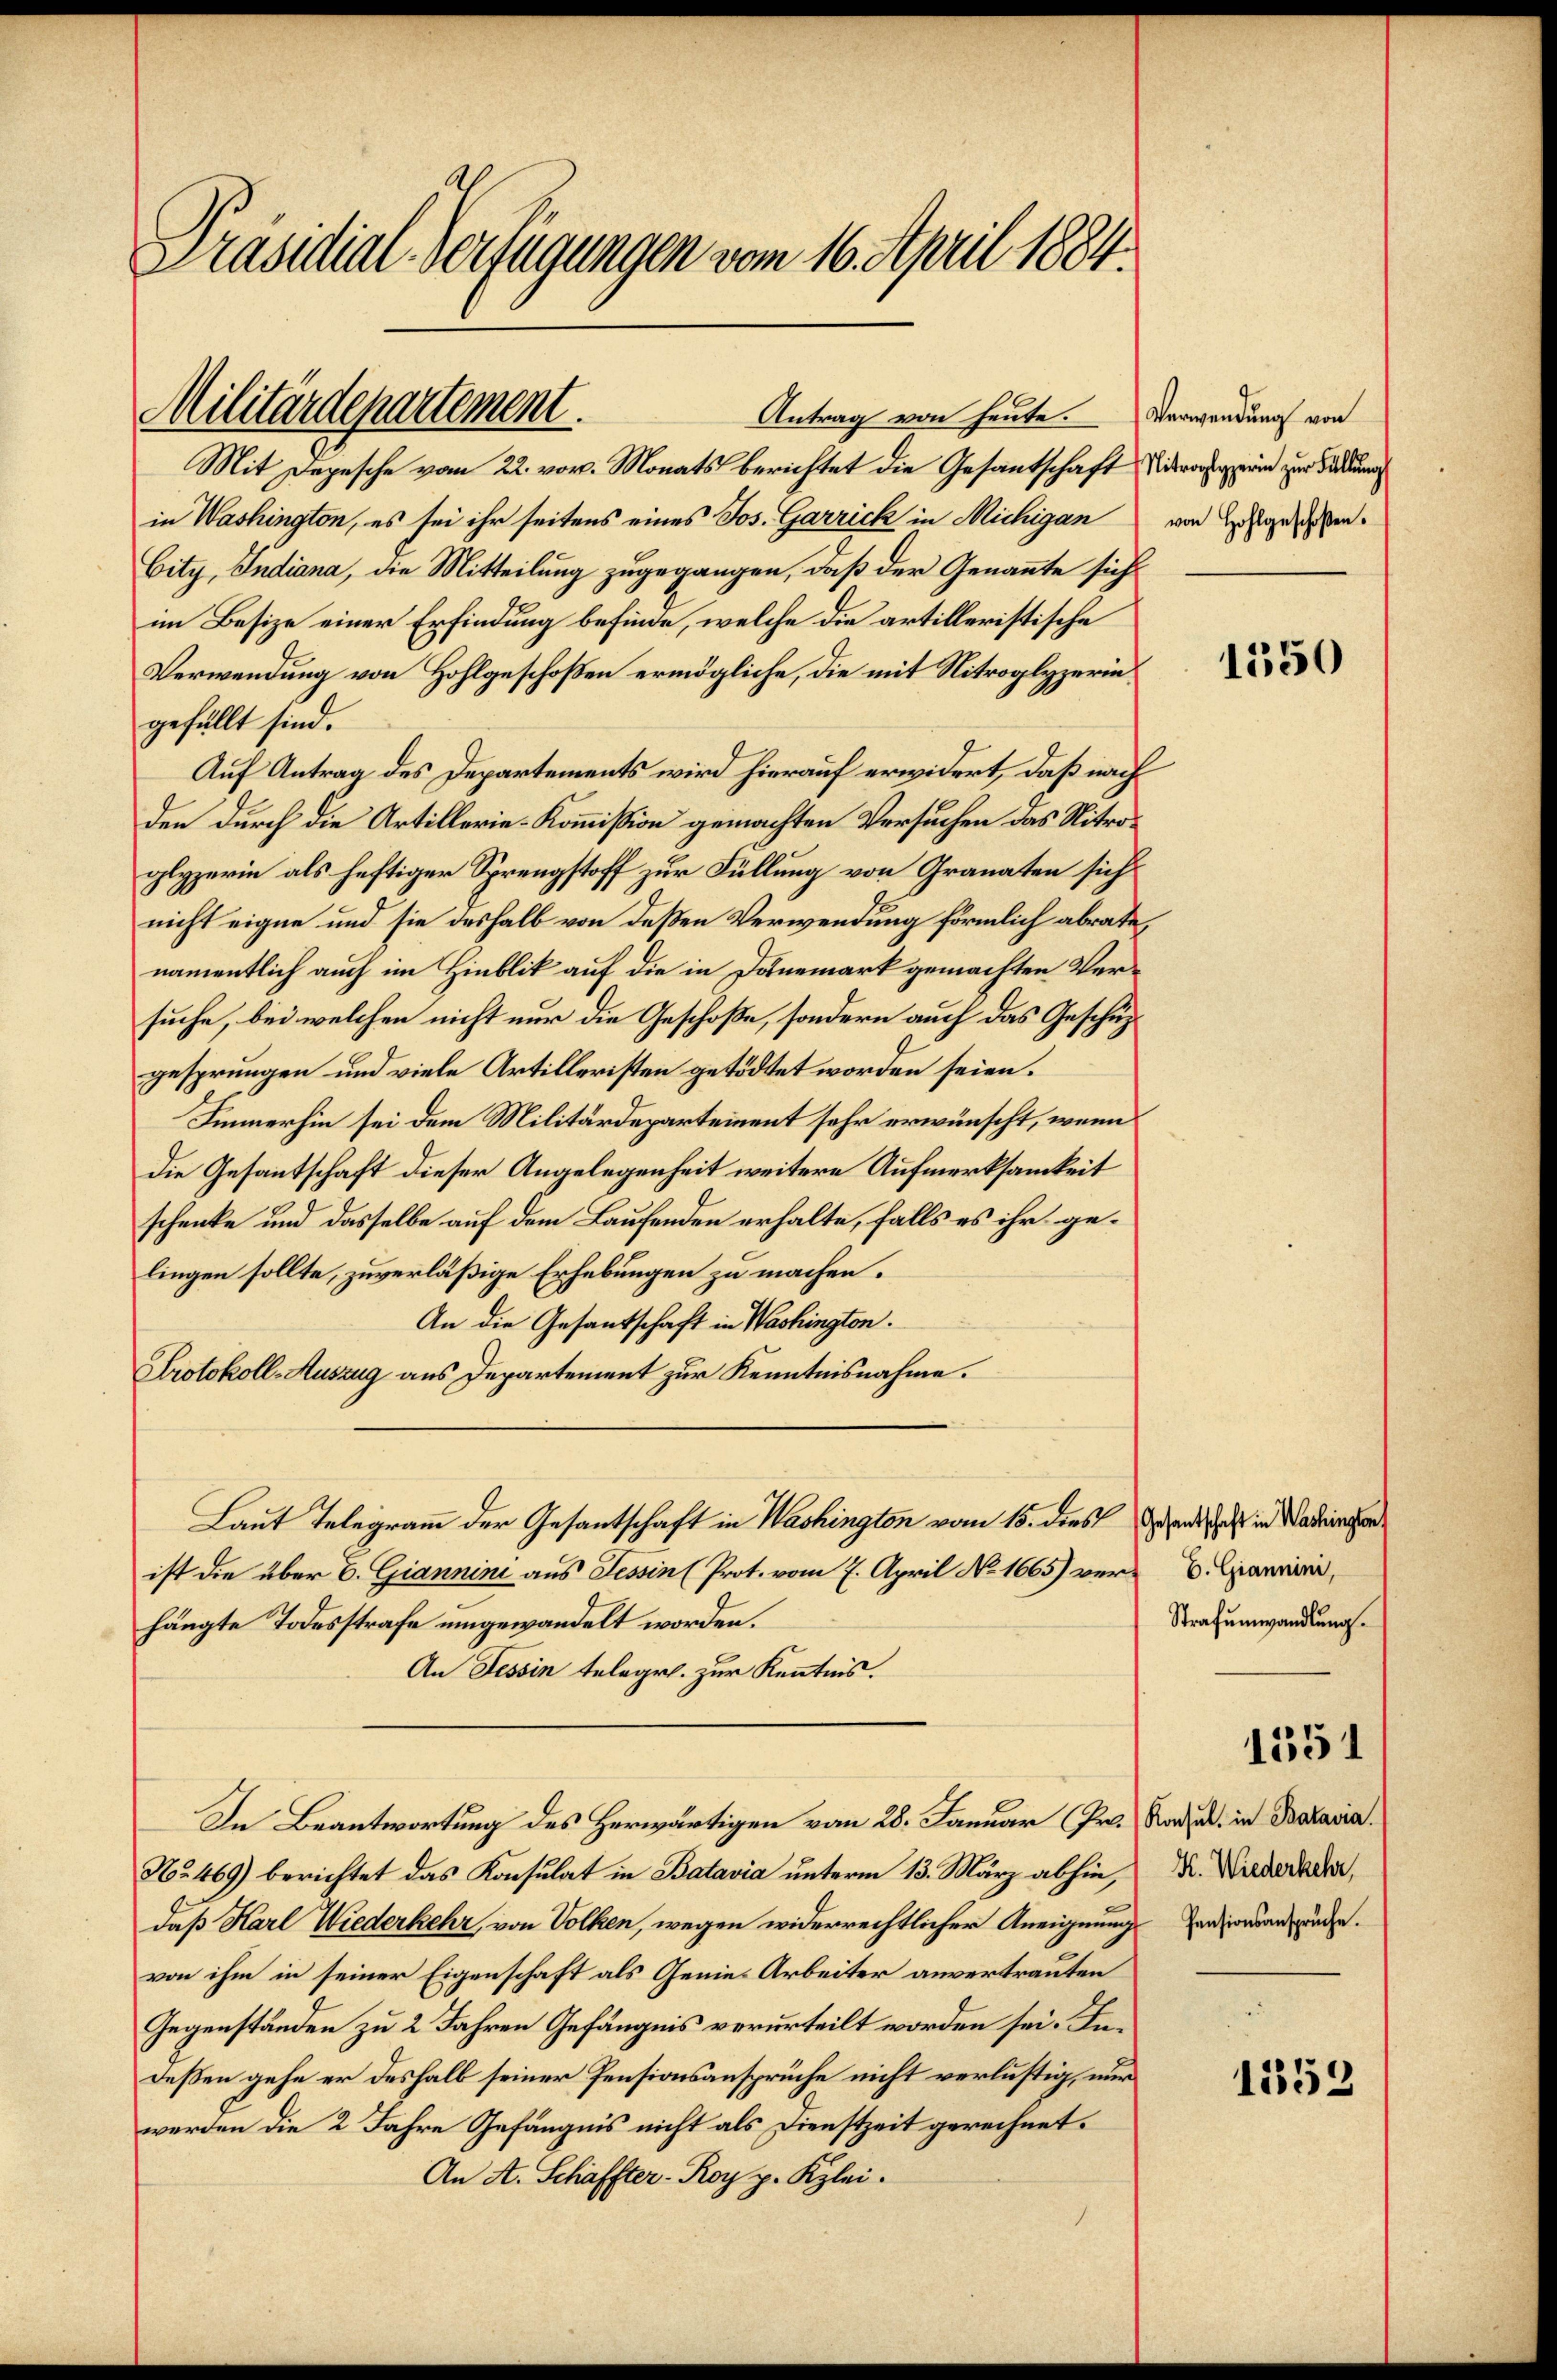
Präsidial-Verfügungen vom 16. April 1884.

Militärdepartement.

Mit Depesche vom 22. vor. Monats berichtet die Gesantschaft Verasperin zur Forden
in Washington, es sei ihr seitens eines Jos. Garrich in Michigan von Zugesehen¬
City, Indiana, die Mitteilung zugegangen, daß der Genannte sich
im Besize einer Erfindung befinde, welche die artilleristische
Verwendung von Hohlgeschoßen ermögliche, die mit Nitroglyzerin
gefüllt sind.
Auf Antrag des Departements wird hierauf erwidert, daß nach
den durch die Artillerie-Kommißion gemachten Versuchen das Nitroglyzerin als heftiger Sprengstoff zur Füllung von Granaten sich
nicht eigne und sie deshalb von deßen Verwendung förmlich abrate,
namentlich auch im Hinblik auf die in Danemark gemachten Versuche, bei welchen nicht nur die Geschoße, sondern auch das Geschüzgesprungen und viele Artilleristen getödtet worden seien.
Immerhin sei dem Militärdepartement sehr erwünscht, wenn
die Gesantschaft dieser Angelegenheit weitere Aufmerksamkeit
schenke und dasselbe auf dem Laufenden erhalte, falls es ihr gelingen sollte, zuverläßige Erhebungen zu machen.
An die Gesantschaft in Washington.
Protokoll-Auszug aus Departement zur Kenntnisnahme.
Laut Telegramm der Gesantschaft in Washington vom 15. dies den in Wadringen
ist die über E. Giannini aus Tessin (Prot. vom 7. April No 1665) verhängte Todesstrafe umgewandelt worden.
An Tessin telegr. zur Kenntnis.
In Beantwortung des Herwärtigen vom 28. Januar (Pr. Rades. in Bataria
No. 469) berichtet das Konsulat in Batavia unterm 13. März abhin, K. Wiederrader,
daß Karl Wiederkehr, von Volken, wegen widerrechtlicher Aneignungsverorden wurde.
von ihm in seiner Eigenschaft als Genies Arbeiter anvertrauten
Gegenständen zu 2 Jahren Gefängnis verurteilt worden sei. Indeßen gehe er deshalb seiner Pensionsansprüche nicht verlustig, nur
werden die 2 Jahre Gefängnis nicht als Dienstzeit gerechnet.
An A. Schaffter - Roy p. Kzlei.

Antrag von heute. Verwendung von

1550

E. Giannini,
Strafumwandlung.

1551

1353